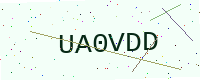
Text: UA0VDD